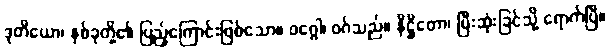
ဒုတိယော၊ နှစ်ခုတို့၏ ပြည့်ကြောင်းဖြစ်သော။ ဝဂ္ဂေါ၊ ဝဂ်သည်။ နိဋ္ဌိတော၊ ပြီးဆုံးခြင်သို့ ရောက်ပြီ။